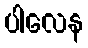
ပါလေန